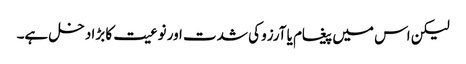
لیکن اس میں پیغام یا آرزو کی شدت اور نوعیت کا بڑا دخل ہے۔